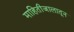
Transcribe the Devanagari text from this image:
माहितीजालातून